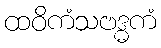
ထဝိကံသဗဒ္ဓကံ